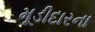
મૂડીદારના